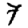
Digit: 7